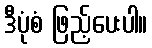
ဒီပုံစံ ဖြည့်ပေးပါ။